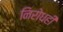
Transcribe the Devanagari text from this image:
निरोधही